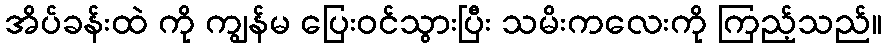
အိပ်ခန်းထဲ ကို ကျွန်မ ပြေးဝင်သွားပြီး သမိးကလေးကို ကြည့်သည်။